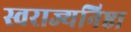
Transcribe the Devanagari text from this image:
स्वराज्यनिष्ठा